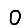
Digit: 0